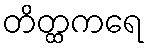
တိတ္ထကရေ